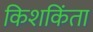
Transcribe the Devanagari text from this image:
किशकिंता